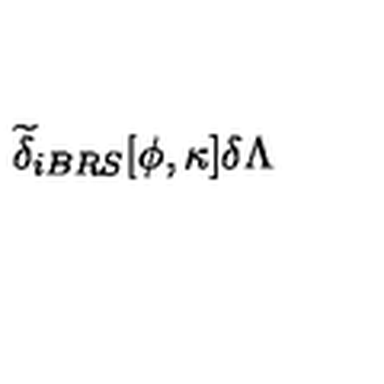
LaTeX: \widetilde { \delta } _ { i B R S } [ \phi , \kappa ] \delta \Lambda \protect